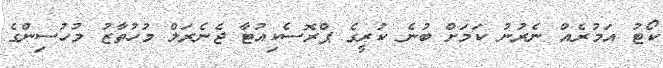
ކޯޓު އަމުރެއް ނެރުނު ކަމަށް ބުނެ ކުރީގެ ޕްރޮސެކިއުޓާ ޖެނެރަލް މުހުތާޒު މުހުސިންގެ